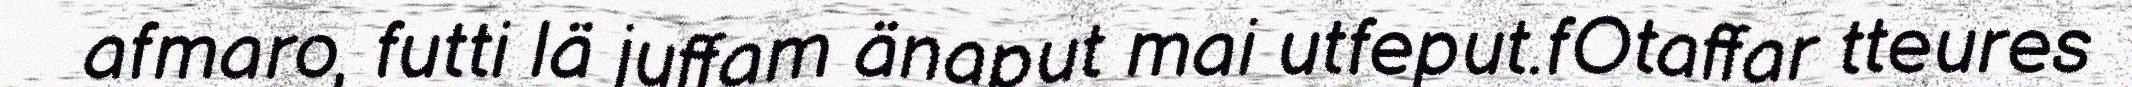
afmaro, futti lä juffam änaput mai utfeput.fOtaffar tteures